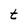
Character: t